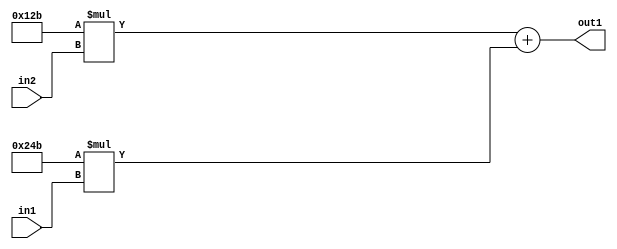
`timescale 1ps / 1ps
/*****************************************************************************
    Verilog RTL Description
    
    
    Created by: Stratus DpOpt 2019.1.01 
*******************************************************************************/

module ColorTransform_Add2Mul2iLLu8Mul2i299u8_4 (
	in2,
	in1,
	out1
	); /* architecture "behavioural" */ 
input [7:0] in2,
	in1;
output [18:0] out1;
wire [18:0] asc001;

wire [18:0] asc001_tmp_0;
assign asc001_tmp_0 = 
	+(19'B0000000000100101011 * in2);
assign asc001 = asc001_tmp_0
	+(19'B0000000001001001011 * in1);

assign out1 = asc001;
endmodule

/* CADENCE  uLXzTg8= : u9/ySgnWtBlWxVPRXgAZ4Og= ** DO NOT EDIT THIS LINE ******/